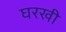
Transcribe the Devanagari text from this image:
घरखी